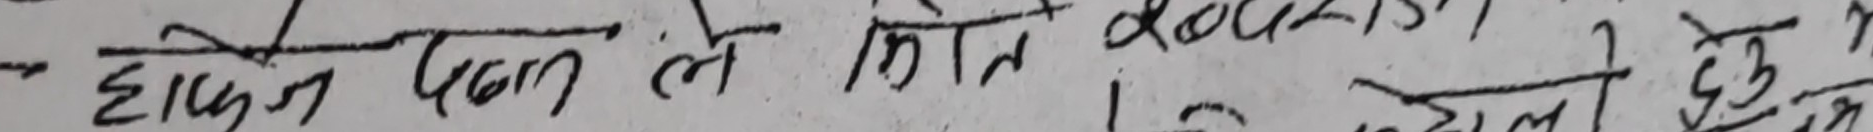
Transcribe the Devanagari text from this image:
एकदम तल ले झोल आ